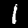
Label: 1